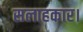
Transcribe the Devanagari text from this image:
सलाहकार।